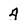
Character: 4